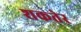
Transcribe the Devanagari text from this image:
शकतेर